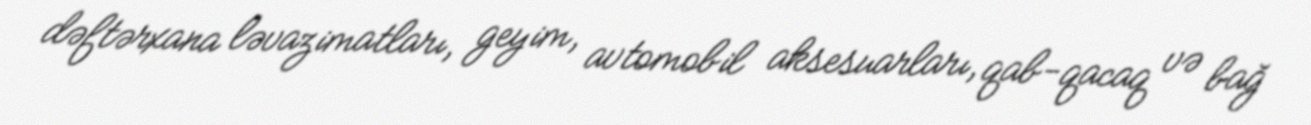
dəftərxana ləvazimatları, geyim, avtomobil aksesuarları, qab-qacaq və bağ